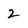
Character: 2